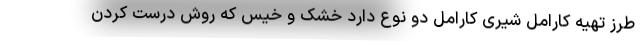
طرز تهیه کارامل شیری کارامل دو نوع دارد خشک و خیس که روش درست کردن